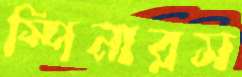
স্পিনারস